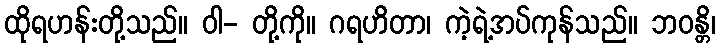
ထိုရဟန်းတို့သည်။ ဝါ- တို့ကို။ ဂရဟိတာ၊ ကဲ့ရဲ့အပ်ကုန်သည်။ ဘဝန္တိ၊